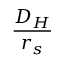
\frac { D _ { H } } { r _ { s } }